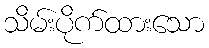
သိမ်းပိုက်ထားသော